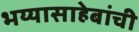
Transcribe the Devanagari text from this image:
भय्यासाहेबांची